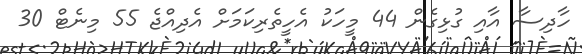
ހާދިސާ އާއި ގުޅިގެން 44 މީހަކު އެހީތެރިކަމަށް އެދިއްޖެ 55 މިނެޓް 30